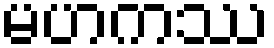
မဟကဿ